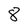
Character: 8